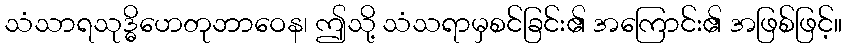
သံသာရသုဒ္ဓိဟေတုဘာဝေန၊ ဤသို့ သံသရာမှစင်ခြင်း၏ အကြောင်း၏ အဖြစ်ဖြင့်။